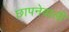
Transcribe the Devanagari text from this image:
छापनेवाली